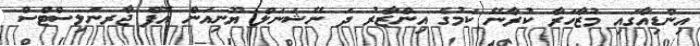
އިންޑިއާގައި މުޒާހަރާ ކުރާނޭ ކަމުގެ އިންޒާރު ދަ ނޭޝަނަލް ޔޫނިއަން އޮފް ޖާރނަލިސްޓްސް